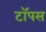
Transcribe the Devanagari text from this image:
टॉपस